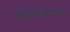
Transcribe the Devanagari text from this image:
वैशिष्ट्यजन्य